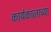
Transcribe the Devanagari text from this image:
कार्यकालाच्या